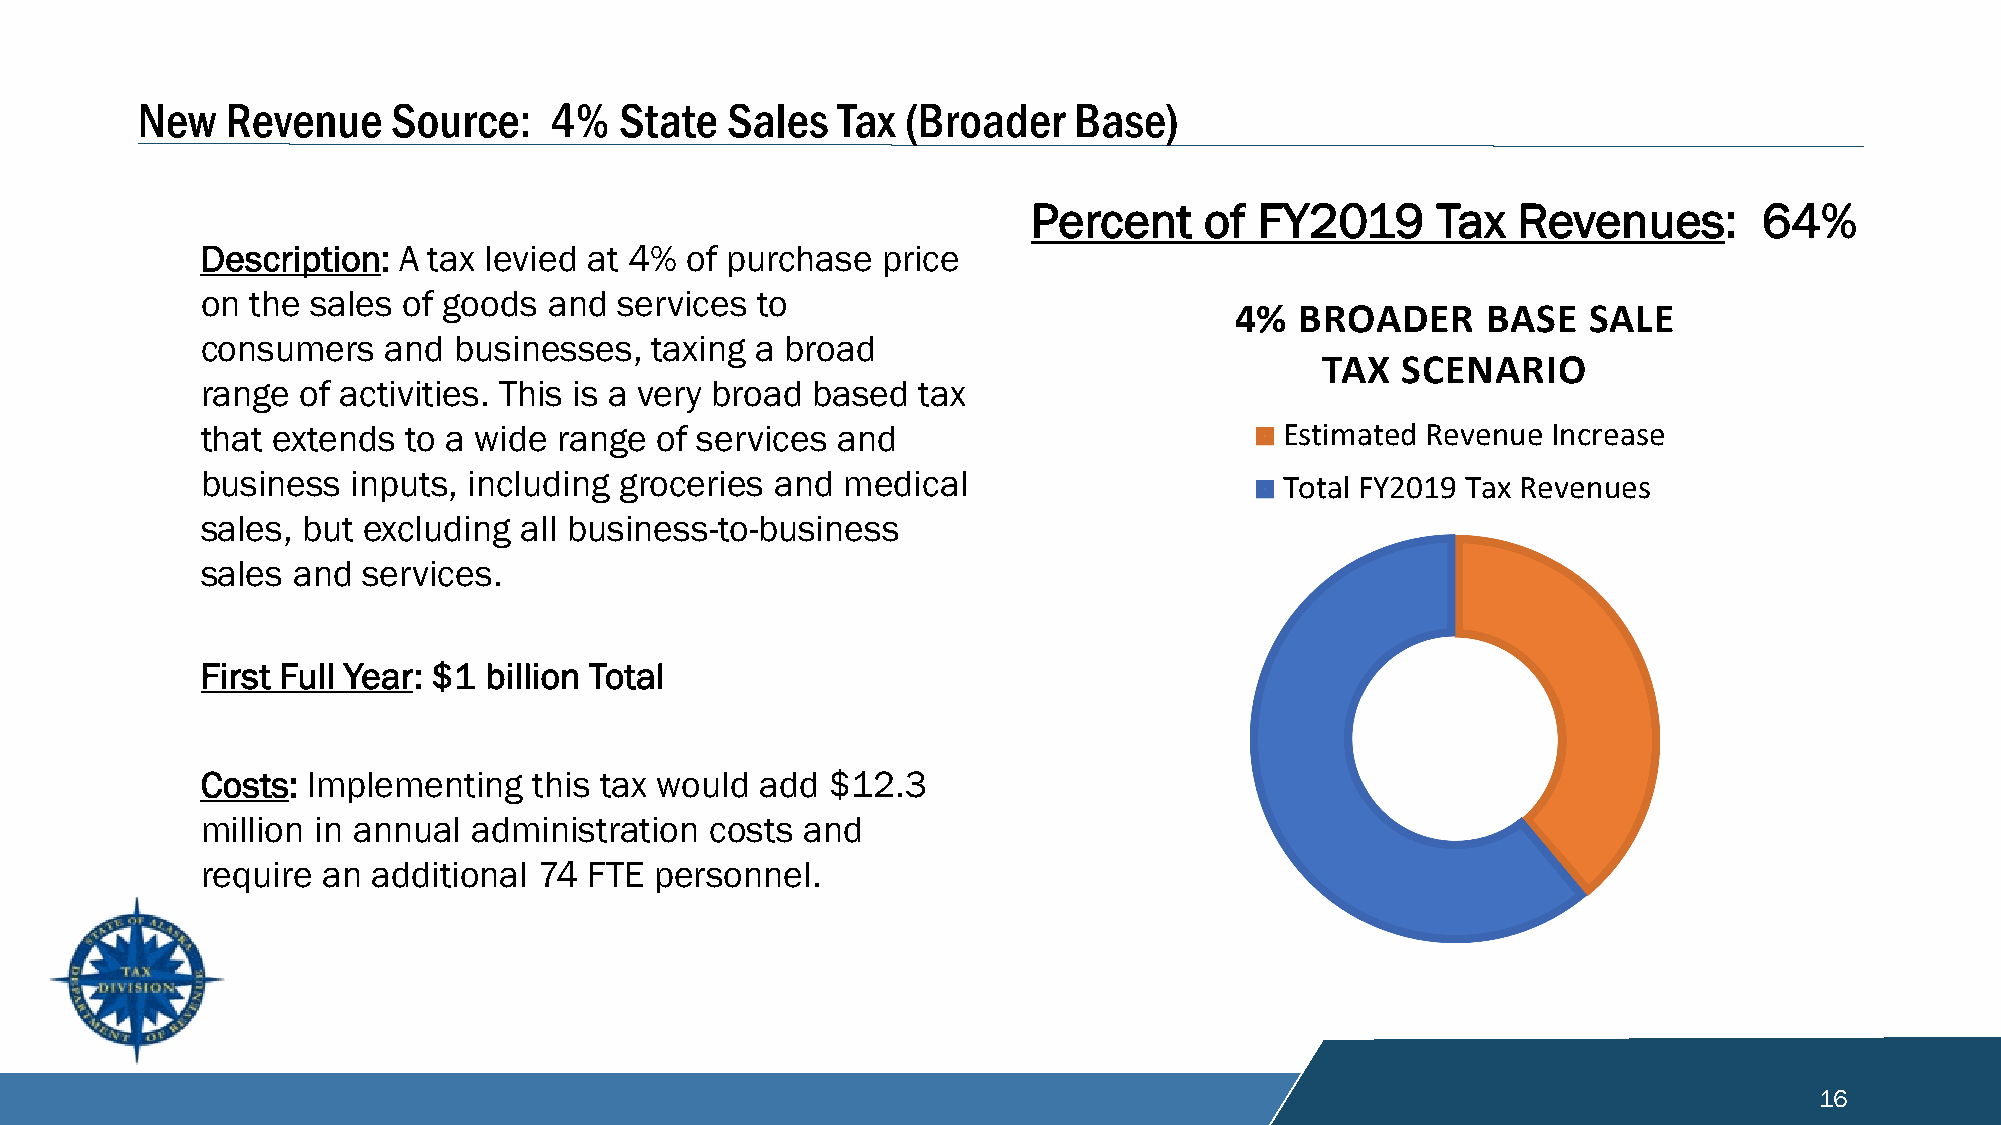
New   Revenue    Source:   4%   State  Sales  Tax  (Broader   Base)
 Percent     of FY2019      Tax  Revenues:        64%
 Description: A tax levied at 4% of purchase  price
 on  the sales of goods and  services to
 4%  BROADER     BASE   SALE
 consumers   and  businesses,  taxing a broad
 TAX  SCENARIO
 range  of activities. This is a very broad based tax
 that extends  to a wide range  of services and                          Estimated Revenue Increase
 business  inputs, including groceries and  medical                      Total FY2019 Tax Revenues
 sales, but excluding all business-to-business
 sales and  services.
 First Full Year: $1 billion Total
 Costs: Implementing   this tax would add  $12.3
 million in annual administration  costs and
 require an  additional 74 FTE personnel.
 16